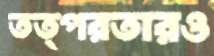
তত্পরতারও